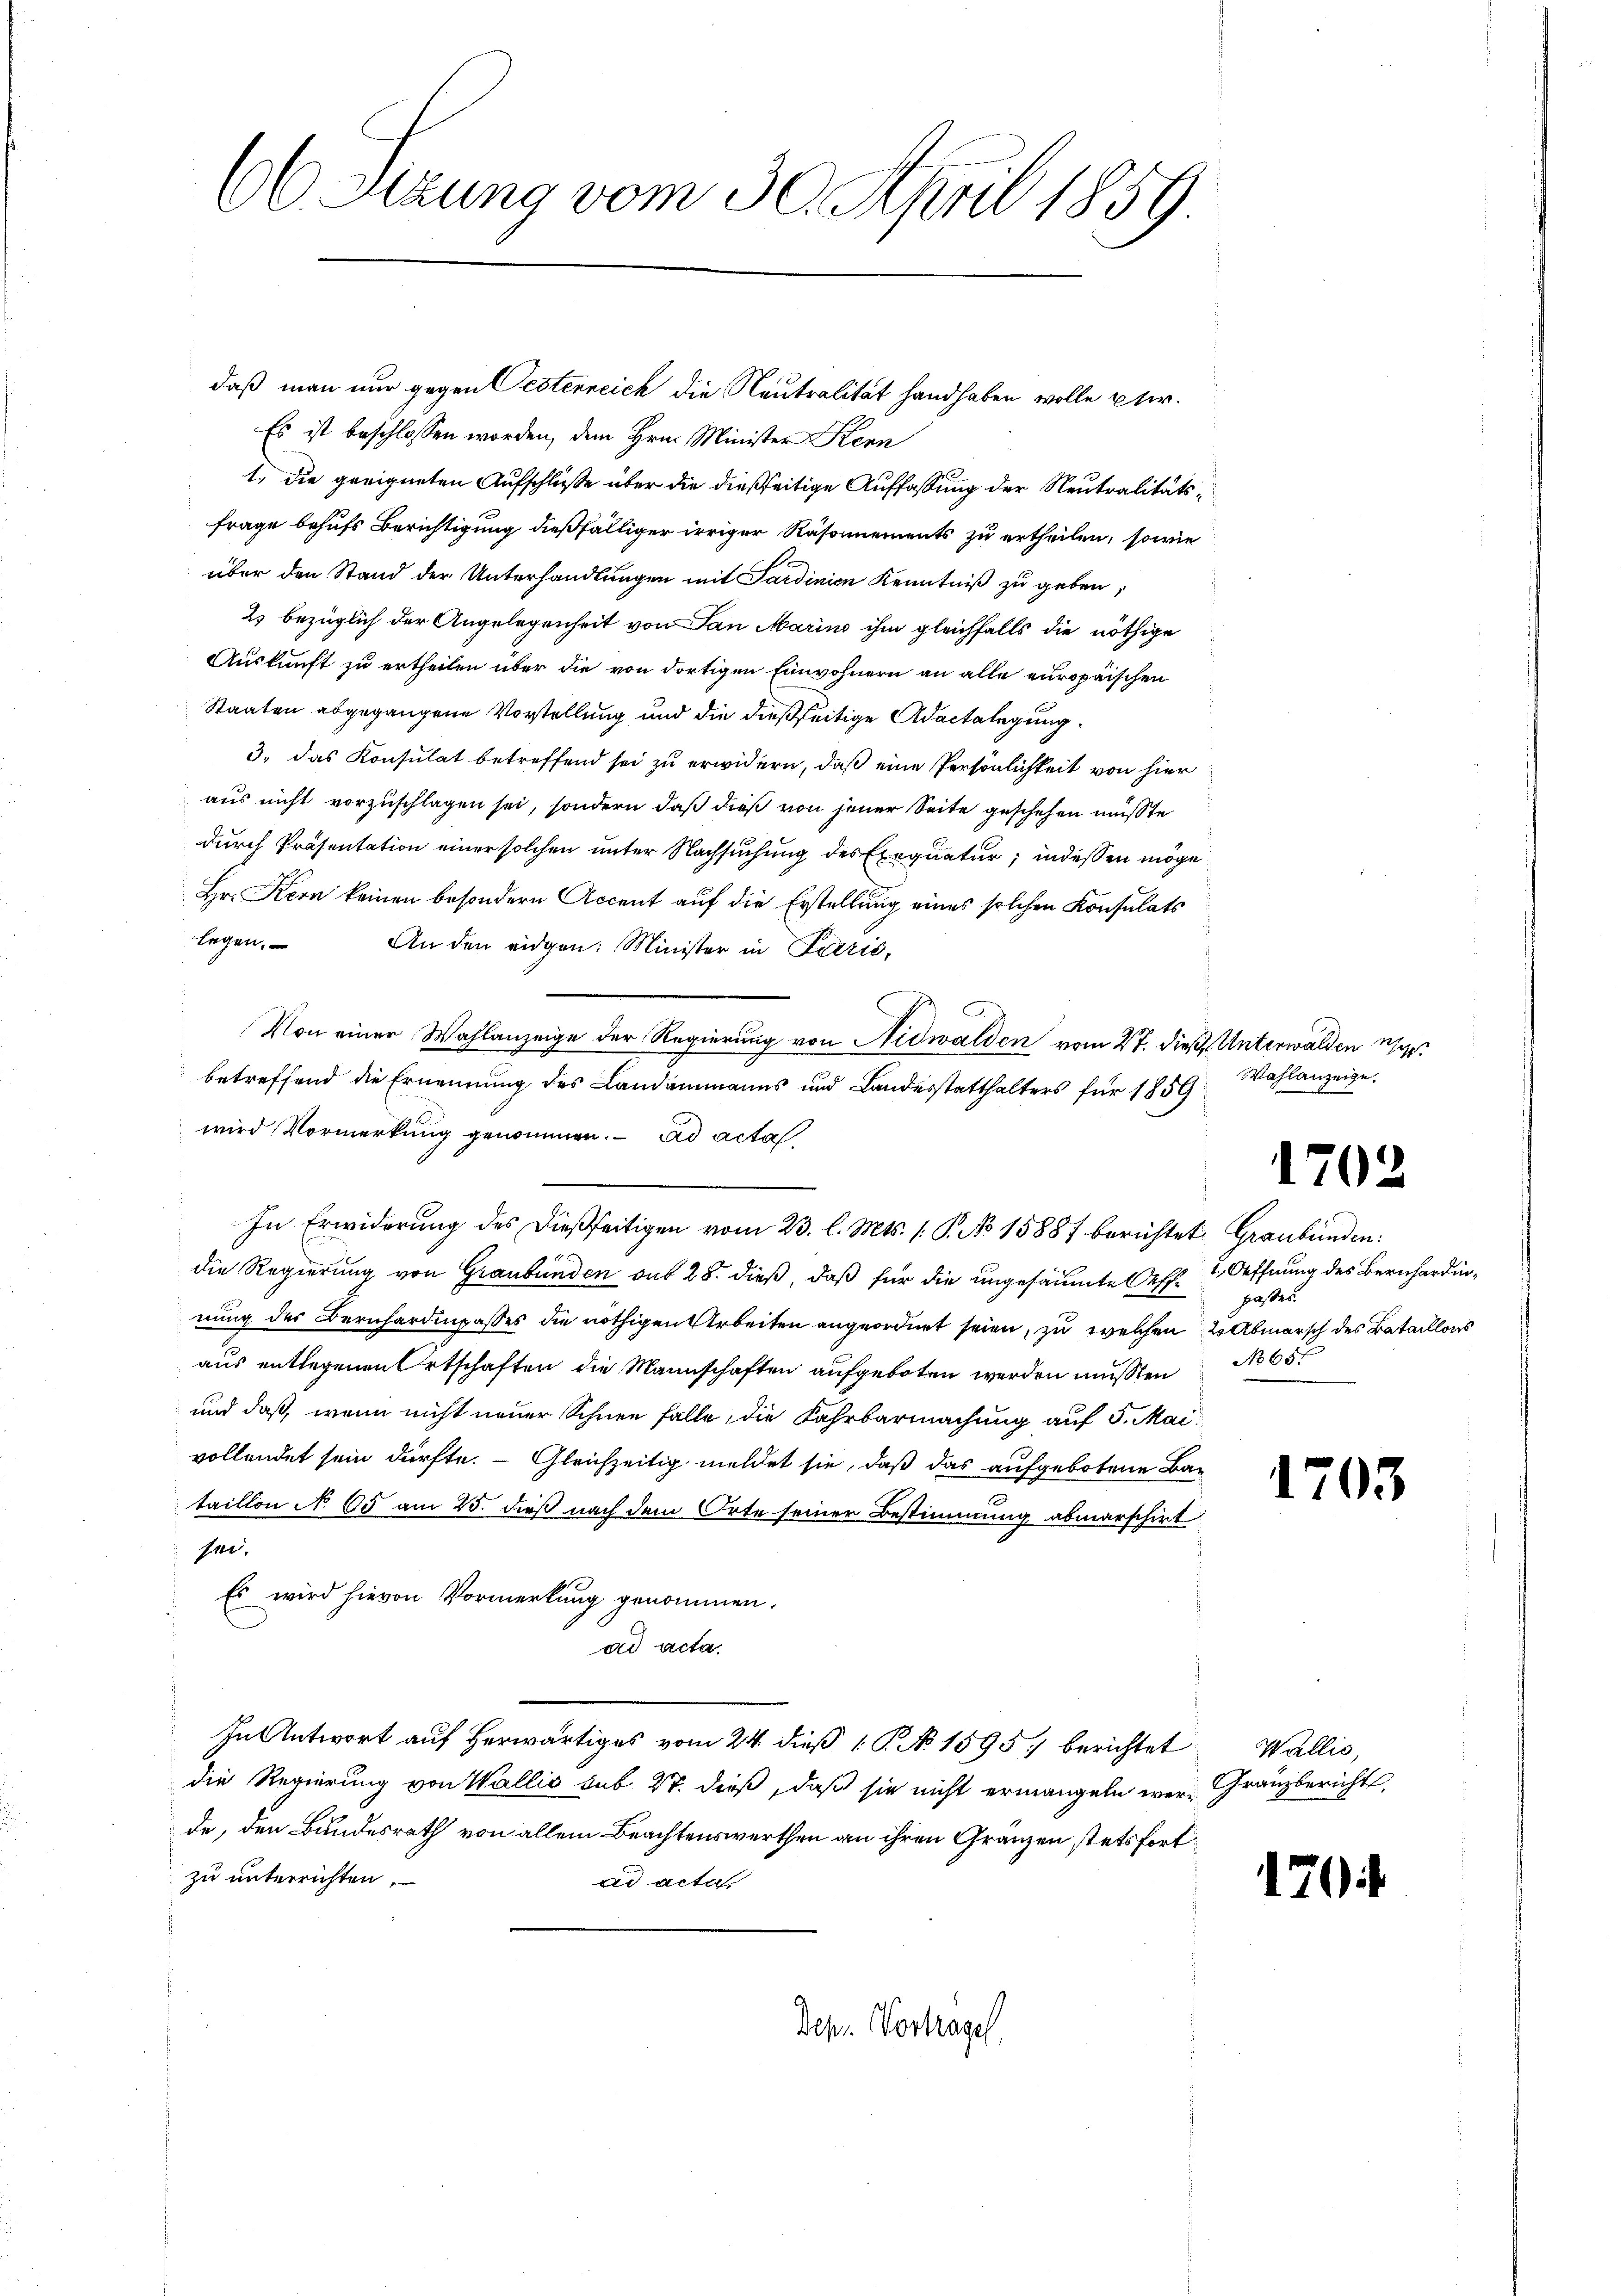
A Sizung vom 30. April 1859.

daß man nur gegen Oesterreich die Neutralität handhaben wolle ptr.
Es ist beschlossen worden, dem Hrn. Minister Stern
1.) Die geeigneten Aufschlüße über die dießseitige Auffassung der Neutralitätsfrage behufs Berichtigung dießfälliger irriger Räsonnements zu ertheilen, sowie
über den Stand der Unterhandlungen mit Sardinien Kenntniß zu geben,
2 bezüglich der Angelegenheit von San Marin ihm gleichfalls die nöthige
Auskunft zu ertheilen über die von dortigen Einwohnern an alle europäischen
Staaten abgegangene Vorstellung und die dießseitige Adactalegung
3. das Konsulat betreffend sei zu erwidern, daß eine Persönlichkeit von hier
aus nicht vorzuschlagen sei, sondern daß dieß von jener Seite geschehen müßte
durch Präsentation einer solchen unter Nachsuchung des Exequatur; indessen möge
Hr. Kern keinen besondern Accent auf die Erstellung eines solchen Konsulats
legen. An den eidgen: Minister in Lazić,
Von einer Wahlanzeige der Regierung von Nidwalden vom 27. dieß. Unterwalden werbetreffend die Ernennung des Landammanns und Landesstatthalters für 1859
wird Vormerkung genommen. ad acta
In Erwiderung des dießseitigen vom 23. l. Mts. 1. P. No 15887 berichtet: Graubünden:
die Regierung von Graubünden auf 28. dieß, daß für die ungesäumte Oeff. 2. Oeffnung des Bernhardinnung der Bernhardingasses die nöthigen Arbeiten angeordnet seien, zu welchen 2 Abmarsch des Bataillons
aus entlegenen Ortschaften die Mannschaften aufgeboten werden mussten No 65
und daß, wenn nicht neuer Schnee falle, die Fahrbarmachung auf 5. Mai
vollendet sein dürfte. Gleichzeitig meldet sie, daß das aufgebotene Bataillon No. 65 am 25. dieß nach dem Orte seiner Bestimmung abmarschiet
sei.
Es wird hievon Vormerkung genommen.
ad acta.
In Antwort auf herwärtiges vom 24. dieß P. No. 1595) berichtet Wallis,
die Regierung von Wallis sub 27. dieß, daß sie nicht ermangeln wer-Franzbericht
de, den Bundesrath von allem Beachtenswerthen an ihren Gränzen stetsfortzu unterrichten.
ad acta
Dep. Vortragel,

Wahlanzeige.

702

passer

1703

170